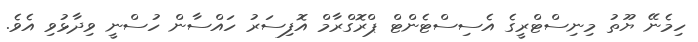
ހިމެނޭ ޔޫތު މިނިސްޓްރީގެ އެސިސްޓެންޓް ޕްރޮގްރާމް އޮފިސަރު ހައްސާން ހުސްނީ ވިދާޅުވި އެވެ.